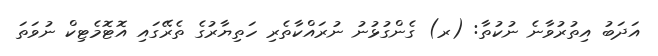
އަދަބު އިތުރުވާނެ ނުކުތާ: (ރ) ގެންގުޅުނު ނުރައްކާތެރި ހަތިޔާރުގެ ތެރޭގައި އޮޓޮމެޓިކް ނުވަތަ